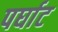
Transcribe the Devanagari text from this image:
पर्घाट